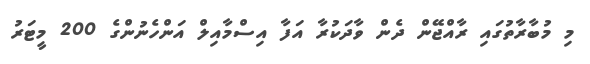
މި މުބާރާތުގައި ރާއްޖޭން ދެން ވާދަކުރާ އަފާ އިސްމާއިލް އަންހެނުންގެ 200 މީޓަރު